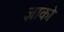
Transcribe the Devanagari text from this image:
ज्ञाको